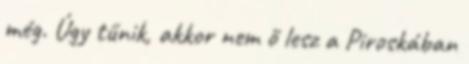
még. Úgy tűnik, akkor nem ő lesz a Piroskában